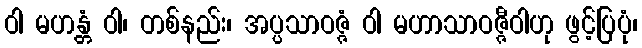
ဝါ မဟန္တံ ဝါ၊ တစ်နည်း၊ အပ္ပသာဝဇ္ဇံ ဝါ မဟာသာဝဇ္ဇီဝါဟု ဖွင့်ပြပုံ၊